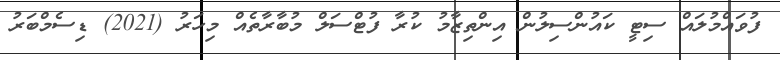
ފުވައްމުލައް ސިޓީ ކައުންސިލުން އިންތިޒާމު ކުރާ ފުޓްސަލް މުބާރާތެއް މިހަރު (2021) ޑިސެމްބަރު